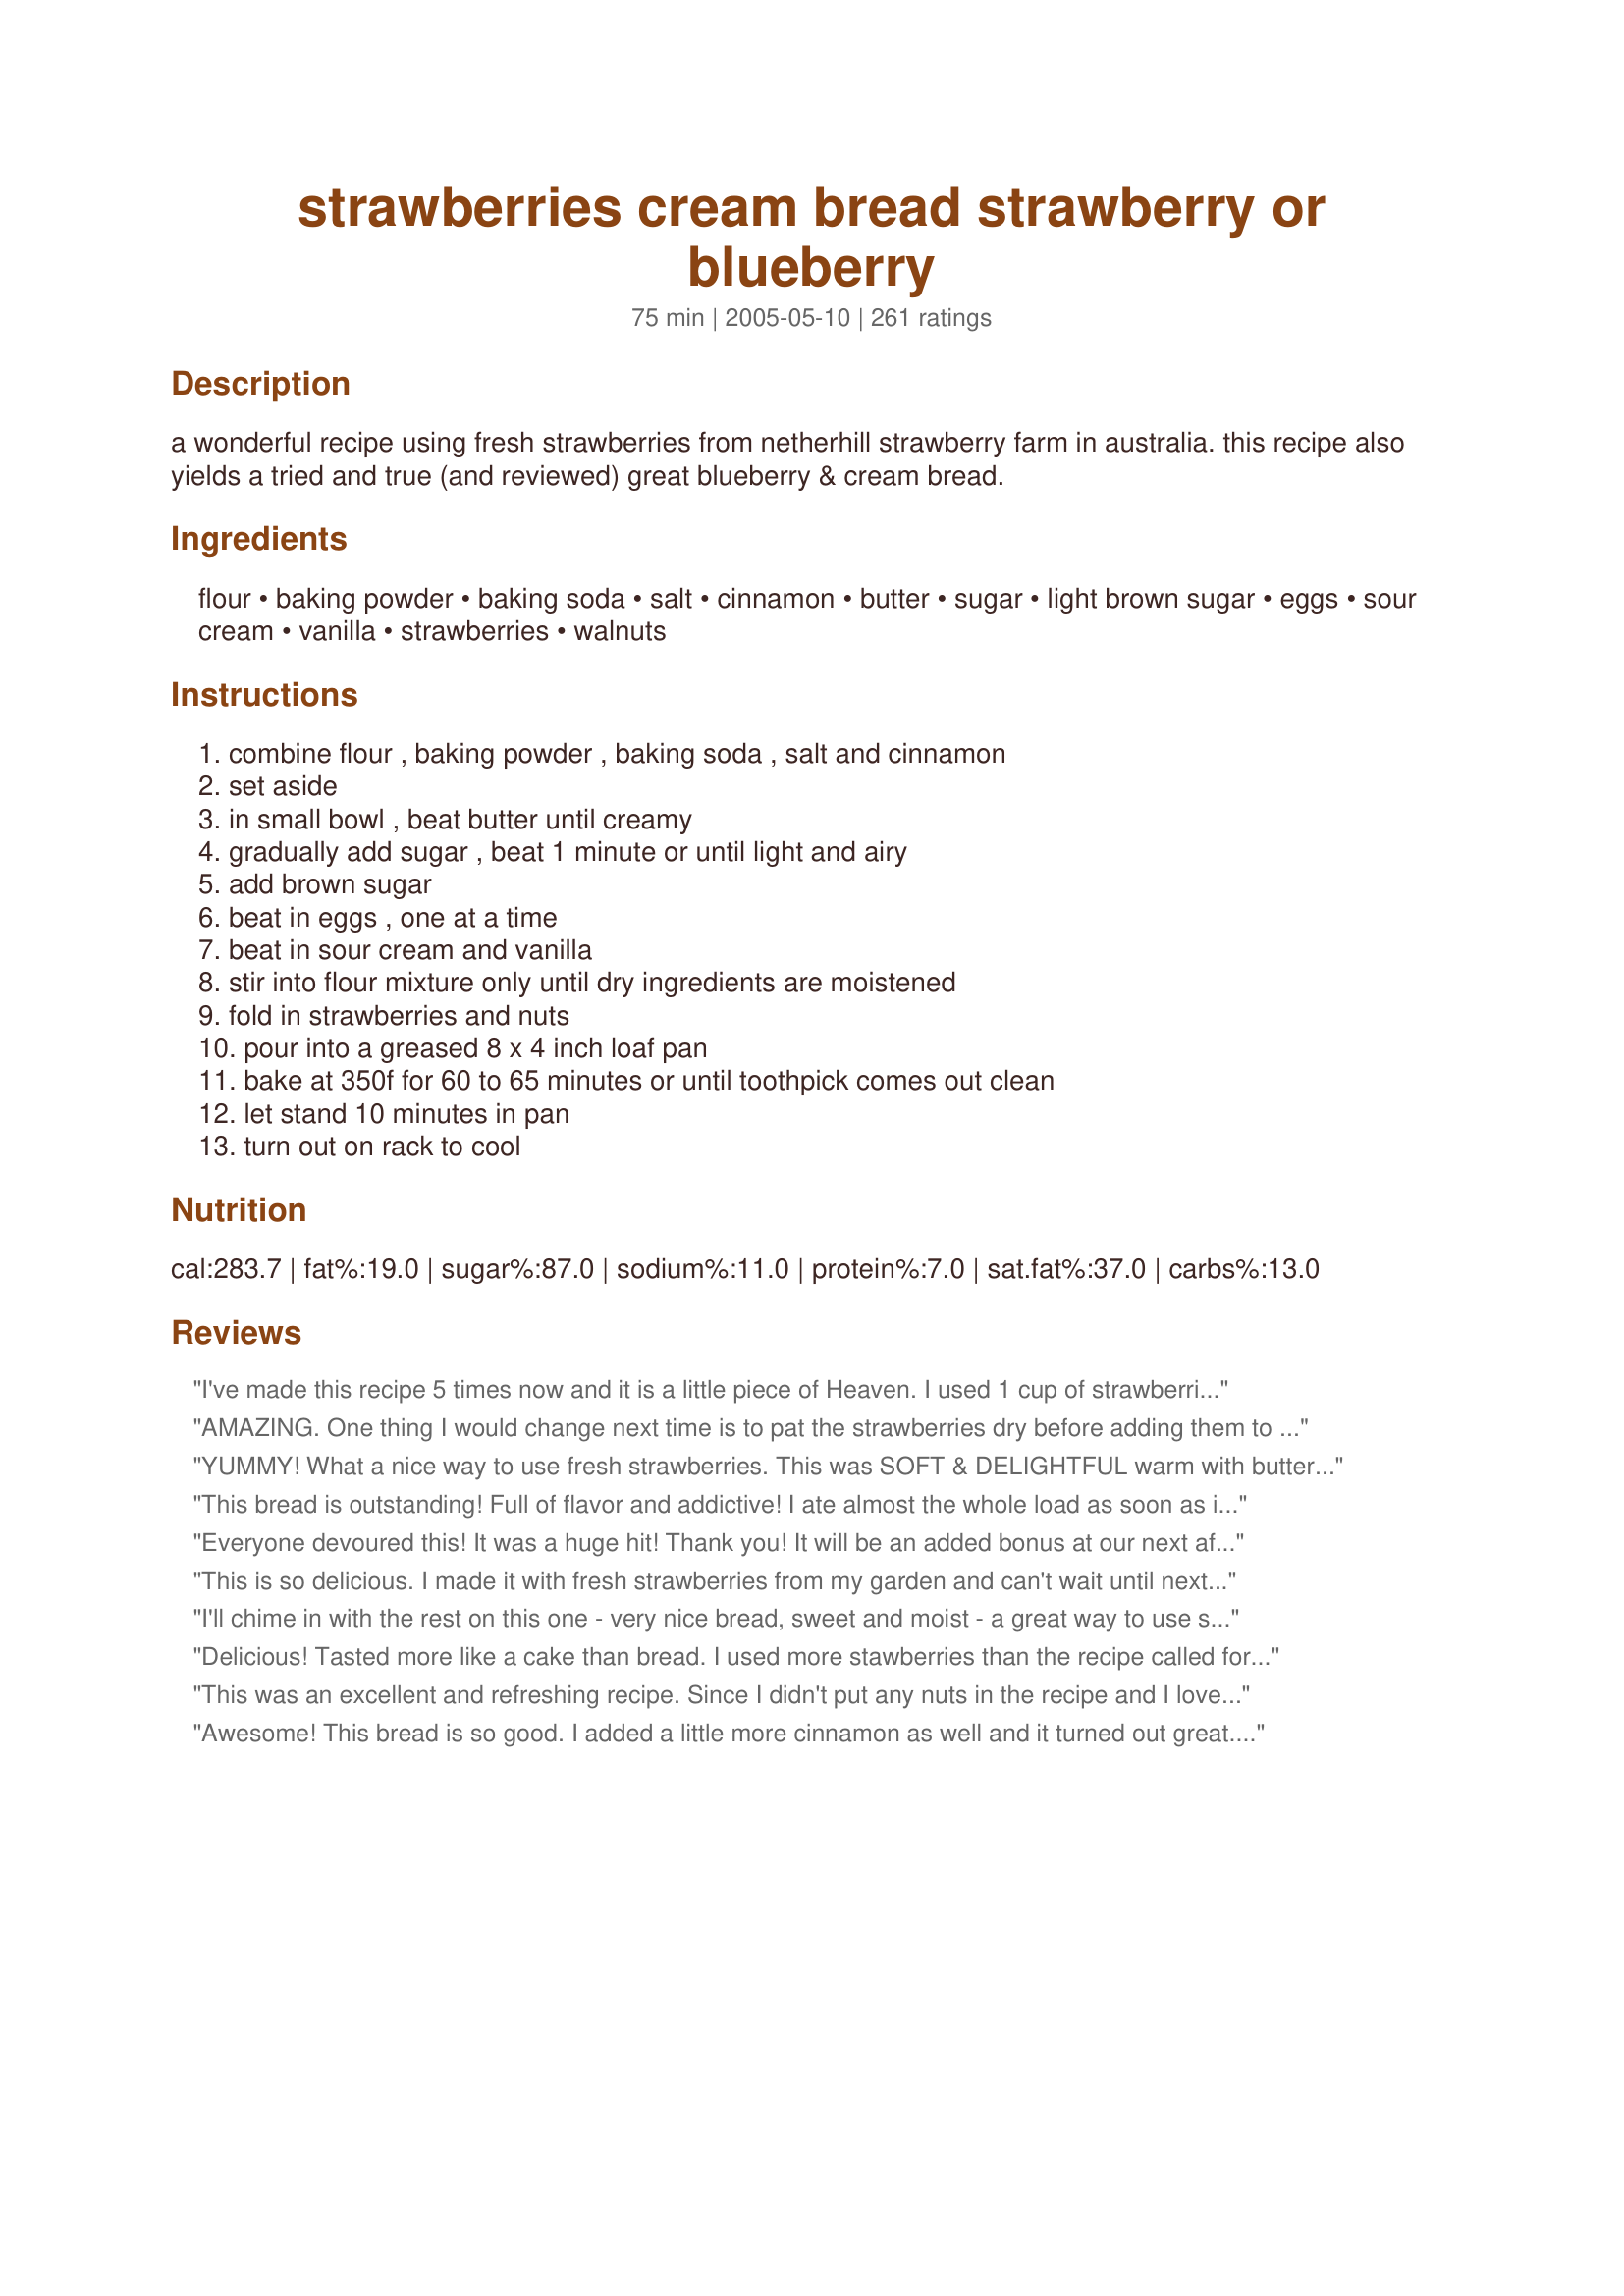
strawberries cream bread strawberry or blueberry
Preparation time: 75 minutes

a wonderful recipe using fresh strawberries from netherhill strawberry farm in australia. this recipe also yields a tried and true (and reviewed) great blueberry & cream bread.

Ingredients:
flour, baking powder, baking soda, salt, cinnamon, butter, sugar, light brown sugar, eggs, sour cream, vanilla, strawberries, walnuts

Steps:
combine flour , baking powder , baking soda , salt and cinnamon, set aside, in small bowl , beat butter until creamy, gradually add sugar , beat 1 minute or until light and airy, add brown sugar, beat in eggs , one at a time, beat in sour cream and vanilla, stir into flour mixture only until dry ingredients are moistened, fold in strawberries and nuts, pour into a greased 8 x 4 inch loaf pan, bake at 350f for 60 to 65 minutes or until toothpick comes out clean, let stand 10 minutes in pan, turn out on rack to cool

Reviews:
I've made this recipe 5 times now and it is a little piece of Heaven. I used 1 cup of strawberries and a 1/2 cup of blueberries. I also increased the cinnamon to 1 tsp. My family can't get enough.
AMAZING. One thing I would change next time is to pat the strawberries dry before adding them to the batter. When I cut open the finished loaf, it looked like there was raw dough, but in fact it was the juices from the strawberries that had leeched out into the surroundings. Update: made it again, this time I dried out the strawberries slightly before adding to batter and increased baking time by 3 minutes. Perfect caramelized golden-brown crust and less leeching from the strawberries. So good.
YUMMY! What a nice way to use fresh strawberries. This was SOFT & DELIGHTFUL warm with butter. I shared this with co-workers and it was gone in no time. I baked mine in a glass loaf pan for 70 minutes. I left out the walnuts.
This bread is outstanding! Full of flavor and addictive! I ate almost the whole load as soon as it cooled! I also tried it with blueberries and the same goes for that as well. Excellent! My compliments to the chef!
Everyone devoured this! It was a huge hit! Thank you! It will be an added bonus at our next afternoon tea with the http://www.recipezaar.com/Decadent-Strawberry-Butter-121467 The only change to the recipe was that I added 1 teaspoon of almond extract and left thenuts out. Can't wait to try the blueberry variation.
This is so delicious. I made it with fresh strawberries from my garden and can't wait until next year to make it again!!
I'll chime in with the rest on this one - very nice bread, sweet and moist - a great way to use some strawberries that might be a bit past their prime. Thanks for posting!
Delicious! Tasted more like a cake than bread. I used more stawberries than the recipe called for, which turned out well.
This was an excellent and refreshing recipe. Since I didn't put any nuts in the recipe and I love strawberries, I put in extra strawberries. It was also very easy to make, and I loved putting the brown sugar in it.
Awesome! This bread is so good. I added a little more cinnamon as well and it turned out great. My family loved it!
Wonderful bread!!! Baked for 55 min. Very moist. Will be making this again. Thanks Ncmystershopper
Upped berries to almost 3 cups...and added a bit more everything. Used egg substitute and it turned out great!

Thanks for sharing
Oh wow! So creamy it almost tasted like it had cream cheese in it (must have been the sour cream). I think it would make an outstanding muffin and will try that next time. We found it was even better after sitting overnight than it was straight out of the oven. This is going in the "do often" stack! Thank you so much for sharing it!
This loaf tastes as marvelous as it looks. I used the most amazing strawberries to make this bread -- I had bought them from a farmer off the side of the road. They were simply the most delicious things I had ever put in my mouth. It seemed almost a shame to bake them into something, but I had so many I knew they would go bad before I could eat them all. This bread is definitely worthy of the plumpest, sweetest, juciest berries you can find. I followed the recipe as posted except I used light sour cream and my eggs and sour cream were not room temp because I forgot to take them out. It still turned out perfect. Thank you for the recipe!
This recipe was included in Book#228608. May 16, 2008 -- This bread smelled so good baking and tasted even better. As soon as I took my photo I ate some slices and they were moist and tender. The bread has such a delicious taste, with the flavor of the sweet, fresh strawberries coming right through. I'm glad I made several loaves -- the others are in the freezer so the kids can't eat them all in one day. (Mom has to have her treat too -- my reward for trying this superb recipe.) Thanks, NcMysteryShopper
This bread is beyond decription. Excellet. Yummy. (kinda high in nutritional value... oh well i tell myself strawberries are good) I could eat the whole loaf in one setting! Thanks for the recipe!!!!
This bread is absolutely delicious; however, there is too much batter for an 8"x4" pan, a somewhat larger pan would do much better. Also, I used a non-stick baking pan, greased it, but still had to dig the finished product out (but we still ate it). I will make this again, but suggest that the pan be heavily greased and floured, or even a piece of parchment put in the bottom and greased and floured. Over all it is very easy to make and is a great way to use strawberries if you get tired of just eating them with cream.
Yummy! Perfect for the fresh strawberries we got today!! :)
I just made this for my kids for breakfast. It was great. I used egg whites instead of whole eggs since I discovered my two year old broke them all (I freeze the whites of eggs when I only need the yolks in ice cube trays...little tip for anyone who uses a lot of yolks). I'm also the first brave person to admit I used unsweetened frozen strawberries. I'm sure fresh would be better, but I thawed the frozen ones and let the juice drain off so it wouldn't make the bread mushy. Excellent either way, really does taste like strawberries and cream! Thanks NC!
It is strawberry season, I had some beauties in the house along with the rest of the ingredients so I tried this recipe.. It was AWESOME....My husband was cutting into it before it was even cooled... I will be making it often. Thank you for such a delicious bread...........
Great recipe! I made some modifications, and it still came out wonderfully. I substituted fresh peaches (almost 2 c.), low fat yogurt in place of butter, and for the sugar I used 1/4 white, 1/4 brown & 1/4 splenda. At the end I sprinkled a little bit of brown sugar on the top of the loaf before baking. Such a great loaf-I am not sure it will make it through the night the way my spouse is devouring it right now!
Oh wow. this was delish. I love the strawberries in this and can't wait to try with other berries. Thank you for this yummy variety of bread.....Stephanie
This was very good and was wonderful with Brunch. I also made the Strawberry butter ~ and the combination was divine :)
fantastic recipe~thank you! I chose to make a combo strawberry & blueberry muffin baking @ 350 for 17 mins. the fam LOVED 'em!
Delicious bread! I was entertaining my parents and wanted to make something different. I used strawberries and baked in a loaf pan. My dad asked how I got the recipe because he had a similar tasting bread at a bed and breakfast last month. He thought that I called the Inn and asked for their recipe! Needless to say it was a hit with the parents and very easy to make! Thanks for posting.
I just realized looking at this recipe my review isn't here...I could've sworn, anyways.....YUM!!!!! The Blueberry is almost pudding like. I can't even tell you how good this recipe is....loved it, and thank you for posting!!!!
i used this recipe twice, making cupcakes instead of the loaf. i made 18 cupcakes with the serving amount given on this recipe...i cooked the cupcakes for about 17 minutes total (though i checked them at the 15 minute mark with a toothpick) on 350. i didnt change any ingredients in this recipe (unusual for me but it is just so perfect the way it is!)...the only change i made was to actually place the strawberries in a food processor and chop them up into tiny pieces (just a personal preference..i dont like any fruit pieces larger than a tiny sliver in my desserts)...otherwise i left it as is..these are the best cupcakes i have ever had..perfect for a summer bbq or just to have on the dining room table for the nibblers of the house to grab....this is a recipe i will be using for years to come! thank you for posting!
From what country and state is the origins of this food?, please and thanks :D Seems yummy!!!
Absolutely hands down the best bread I have ever put in my mouth! The reviewers are so right. I have made this bread three times in the last two weeks! We cannot get enough of the amazing flavor. This is perfection. I am baking one today to give as a gift and decided that it was so good, I was going to leave my first ever Zaar review!!!
Nice moist bread. Thanks
This bread came out perfectly and tastes great. I made it with fresh blueberries and I would love to try it with strawberries. The bread has a nice texture and flavor. I will make it again.
This was very good bread. Easy to prepare. Though not as flavorful as I was hoping. But I still enjoyed it very much.
Wonderful! I doubled the recipe and didn't add the light brown sugar.
Absolutely delicious bread! I have made this recipe not only for my family but have sent it as bread and muffins with my husband to work for his techs. I used both of the splenda blends (sugar and brown sugar) and light sour cream. I have already added this to my recipe book as I will be making it again. Blueberry season is coming up!
Had to try this recipe with all the glowing reviews! Delicious and very easy to make! I added some chocolate chips but will not the next time I make this - it took away the great taste of the strawberries!
Loving this recipe! The whole family requests this for breakfast and I make it the night before for a stress free delicious morning! Thanks so much for sharing!!
Made this yesterday - didn't add the brown sugar though and I used fat free sour cream. It was fabulous - half of it went within about 10 minutes! I had to freeze the rest to stop that going too!
The only word for this bread is ADDICTIVE! It is so delicious I guarantee you cannot eat just one slice. My little one loved this as an after school snack. This is going to be a recipe I'll use often. I can't wait to try it with blueberies!
Love it! I'm going to make more loaves and freeze them for later. Thanks!
This is fantastic. I have to tell you, I am normally very disappointed when I put strawberries "in" something. I love strawberries so much that I just like to eat them plain...why mess with perfection! However, this is now the ONLY way I would consider cooking/baking using strawberries as an ingredient (except for jam) I made a few minor changes..I used subbed yogurt for the sour cream; I accidently used too much baking soda; and rather than making one loaf, I made 4 mini-loaves. I made the mini-loaves to freeze for later so we wouldn't be gluttons...Oh, well....2 are already gone before making it to the freezer. I think I will be making about 4 of 5 more batches of this today for the freezer.
ABSOLUTELY DELICOUS!
I would give this recipe ten stars if I could. I had soem berries to use and found this recipe and I am so very glad I did it is most definitely a keeper, thanks so much!!! YUMMY!!!! :)
Oh my! This is wonderful! I hate to see strawberry season end. I made this and darn near ate the whole loaf myself. I have to make another loaf for my mom, so she can experience this wonderful recipe. I like it plain or toasted with cream cheese. Thank you so much for this recipe! I want to try a few of your other recipes too.
This is one of those recipes that you just need more stars for. It was very easy to make. Looked great out of the tin, smelt amazing and then of course the taste was out of this world. I would not change a thing. Although it definately is more like a cake than bread. But I am not complaining. Yummy, thank you.
This is delicious. I doubled the recipe and made two huge loaves. The texture is perfect and the flavor is just right. I added the walnuts and brown sugar. I am going to make two more loaves tonight for the freezer. Thanks for a great recipe!
Delicious! Loved it. Followed the recipe to a T except, used vanilla yogurt instead of sour cream - it was all i had at the time. Didn't use nuts - didn't have any and desired a smoother bread. The strawberries stayed a bit mushy, but the flavor of the bread is wonderful! I am trying the blueberry version today. Thanks for a great recipe! In the file this goes for special occasions, gifts, and anytime I have spare fruit. I wonder if it would be good with a banana added in.. hmmm.
Scrumptious. I used fresh strawberries and the flavor definitely shined through. Very moist and rich. Great with my morning cup of coffee. Thanks for a super recipe.
Five stars for sure. Even the batter tasted great! I included the walnuts, because it seemed like a fairly large amount to omit (I was afraid the batter wouldn't rise properly without them). I made 2 loaves and the kitchen smelled great while they were baking. I added just a little more cinnamon than the recipe called for 'cause I really like cinnamon. I'll definitely be making this recipe again.
I added an extra 1/2 cup blueberries and 1 tsp cinnamon and it turned out yummy!
Wow, what a treat! I made this with my daughters this morning. We made muffins out of the batter. They were incredible. I used frozen strawberries and drained the juice and no eggs.
Oh, this is a little taste of heaven!
I love this, my family loves this and everyone I have shared with loves it. I usually double the recipe - everyone likes it so much we need more!
I've even made it in those small, aluminum pans to give out to others. 
Both strawberry abd blueberry are good but i usually add more blueberries as it doesnt seem as flavorful as the strawberries.
I made this for breakfast when my in-laws came to visit. They raved about how I was going to too much trouble. Delicious!
The ONLY reason I didn't give this a 5 star is just for the simple fact, I NEVER give 5 stars...unless my eyes roll back into my head. But this was really close. I wish they'd allow 4.5 stars.
I am going to have to try other berries.
I ran out of regular flour so had to use 1/4 c of wheat flour...which still turned out fine. Used fat free sour cream. Still good. I did sprinkle about a tablespoon of raw sugar (large crystals) on top right before I baked it. It was a good touch. Nice crunch on top. DH really liked it extra toasted.
Thanks for sharing.
I substitued the sour cream with Veganaise (a soy mayo) for my son's allergies and it was still great! Will make again and substitue with soy yogurt. Great recipe - tasted like strawberry cobbler!
Great recipe. I have a daughter with a mild dairy allergy, so I changed it slightly to accomodate her. Used a soy custard instead of the sour cream, added a little balsamic and left out the extra sugar. Was fantastic and didn't last very long.
Yummy
Loved it and so did the DH. I'm going to try the blueberry version today.
This was very, very good. Light and fluffy and perhaps this would have been a five star if not for my substitutions.

I subbed half oat flour for the flour and the other half was whole wheat.

I added more cinnamon as per my tastes

I used slightly more blueberries, all of which were frozen

I used half brown sugar and half demarra sugar

I omitted the nuts.

I used a hand mixer for everything except the final addition of blueberries.

Like I said, this was REALLY REALLY good but not a five star for me. Perhaps white flour would have done that.

Also, even though I sprayed my cake pan with butter flavored Pam, it still came out as a HUGE mess. Perhaps it was still way too hot to try and take out of the pan. I was bummed about that though.

Also, because of near freezing cold conditions where I was working all of the ingredients were cold except the butter.

All in all, I would have liked to have seen more flavor in this bread. The blueberries and the sugar were the stars of this dish. Perhaps it could use an addition of citrus?
yum yum yummy....so goooood...very easy and logical recipe, all makes good sense....Tomorow is my sons 2nd birthday and im gunna double the recipe and bake in a springform pan...make a nice round cake..Thanx!
I really liked it but hubby not so much. My two year old also really seemed to like it. Goes nicely with a cup of tea and stayed really nice and moist for a few days.
My dh was very skittish to try this recipe due to past experiences with blueberry pancakes his mom used to make. The kids devoured it and even dh braved a slice and enjoyed it! Very good bread and worth the effort to wait for this bread to bake up in the oven. Thank you for a nice easy addition to my collection.
This bread was great. Tastes almost like Bob Evans type of breads.
This was good bread! I have stuck most of it in the freezer; pulled out my first few slices today and it was great toasted for breakfast. I don't know that it tastes too much different than the other strawberry breads I've made, though. Thanks for posting!
Very good! I added 1 1/2 cups strawberrries. We ate slices warm out of the oven and I frozen indvidual slices to have as treats (which also kept me from eating more slices!). Next time I would like to try a cinnamon sugar mixtureon top like MPHT suggested. Thanks!
I made a double batch of this yummy bread and am so glad I did. My husband and I both love it and will devour it quickly!
Well, it's great as Peaches & Cream Bread too! I had peaches on hand so gave that a try instead of strawberries or blueberries. I just had my first piece still warm from the oven - SO GOOD! I'm going to tell my friends about this one!
Delicious! I added crumb topping on mine from recipe #98985. It added the sweetness that I liked to it.
I (also) opted for a round spring-form pan, and doubled the cinnamon---both worked well. I was surprised how moist it stayed. After a few days of sitting out it still tasted fresh.
Love it! I added chopped pecans to mine. It's going fast...

Thanks!
awesome bread..u experimented and threw a half block of cream cheese, cold, and a half cup more of strawberries..also threw in about a half cup of white choclate pieces and slivered almonds..fantastic
Absolutely delicious! Everybody in the house loved it...this is definitely a keeper. I think you're right, frozen strawberries just wouldn't work with this bread. Thanks!
Love to make this as muffins, a little soggy in the middle as bread. SOOOO moist!
Wow! This is really good bread. The loaf turned out very nice looking, but I wasn't sure if I was going to love the flavor. I'm amazed at how good it tastes and I bet it will be even better tomorrow (if it lasts that long). I used 1/2 splenda for the sugar, light sour cream and no nuts.
This was pretty tasty and my family ate it rather quickly. However, I don't know if I did something wrong (considering all the high reviews) but it wasn't as moist as I've liked it to have been. Might give it one more shot in the future.
Heavenly! This is a must for strawberry season! I doubled the recipe and ended up with 2 loaves and 3 extra muffins. This was amazing!
Mmmmm! Made this for Teacher Appreciation breakfast at school and there was just one little slice left over. My two kids had to split it which they were both very upset about. I didn't get to try a slice when it was baked but I did clean the bowl and if it tastes half as good baked as the batter did. . .YUMO! Definate keeper in this house!
This bread is amazing!!!! Followed the recipe exactly. Question though... has anyone tried freezing it? Would this freeze well? If so, I'm stocking up while the strawberries are in season!
This is so good! Have made both Strawberry and Blueberry and we love them both!!!! Thanks for the recipe, its to die for!!
A family favorite!
This recipe is a real winner!10 Stars!!!Had both the blueberry and the strawberry version of this bread. Just like the other reviewers, i could not stop eating it until every crumb was gone.
I made this with blueberries and it was moist and delicious. I used all applesauce in place of the butter to save calories and fat, but other than that made as directed. It was wonderful and I cannot wait to make it again. Thanks for sharing.
I LOVED this bread. I added the brown sugar for a little extra sweetness. Every bite was heaven. I was delighted with the tartness the strawberry added. This be be made as often as the strawberry season allows!
Great tasting bread [although my son called it cake, & ended up taking half the loaf home with him]! Very easy-to-make recipe, too. I served it topped with fresh sliced strawberries & a drizzling of homemade chocolate fudge! Thanks much for the posting!
Wow- best recipe yet - easy, had everything on hand except sour cream. Only thing I did was increase cinnamon a little because we love it. Great recipe!!! Can't wait to try w/blueberries. Thanks for sharing.
Excellent bread!
Phew, not that this recipe needed another review, but I just wanted to add my two cents worth! This bread is great!! I bought five pounds of blueberries and was looking for ways to make things with them, and found this recipe. I followed it almost exactly, except I used the mini loaf pans. I got three mini loaves, and they cooked for about 35-40 minutes. I am planning on making more tomorrow!!
Very good! My family enjoyed this bread warm out of the oven. This is definitely a keeper.
This was good, but a little too sweet for my taste. I used yogurt in place of the sour cream, since it was all I had. Maybe the sour cream would cut the sweetness a little more? I may try again with blueberries.
This is delicious!!! I used 15 oz of raspberry preserves, since my hubby doesn't like seeds. And I added white chocolate chips (the entire bag). I put wax paper in the loaf pan so prevent sticking, as stated by other reviewers. Thanks for this recipe! Its a keeper!
Yummy!! I made this with blueberries and pecans instead of walnuts. I also took another reviewers advice and upped the cinnamon to 1 tsp. It is so hard to stop eating! LOL I made a loaf bread and baked it for 60 min and the middle wasn't quite done so I just turned off the heat and left the bread in the oven for a bit. It came out perfect. Thanks for posting!
Oh wow! This is an awesome recipe. The end result is a mouth-watering treat for your tastebuds!
I sprinkled brown sugar on top too..yummy. Planning on making this into muffins next.
Thanks for sharing!
This is the most fantabulous bread I have eaten! Made it this weekend and my husband wouldn't stop talking about it. He told me to make another loaf while he was at work today....bossy thing. We loved it. The butter is fantastic too that goes along with this bread.
All I can say is YUM, YUM, YUM. . .
Like this recipe needs another 5 star rating ... it's wonderful! My strawberries had been in the refrigerator a week, so they weren't the freshest, still turned out great. Made batter exactly per recipe, but made into muffins (made 12). The batter was a little stiffer than I expected, but was spot on for moisture. Had several taste testers, and most commented the cinnamon should be bumped a little. Next time I'll use 3/4 tsp. Thanks for posting this great recipe.
This bread is delicious. I have been making this bread for 4 years now and everyone loves it. My family, friends and coworkers gobble it up every time I make it. I always get asked for the recipe. Even though the recipe saids not to use frozen fruit, I have with no problems. I've tried blueberries, cranberries, even thrown in half of a banana in the recipe and each one taste delicious. The only thing I don't use are the nut, my family does not like nuts in their food. Thanks again for an amazing recipe.
Sorry, but we did not care too much for this bread. Could have used more strawberries. Thanks for posting.
I've made this a few times. Strawberry, blueberry, and now blackberry with finely chopped walnuts. I'd like to say I'll never use another quick bread recipe again, but that would be a lie.(just too curious) but I can say with certainty when the chips are down and my rep is on the line this is the recipe I will use, believe that.
Very tasty! Instead of 1 stick of butter (or the 1/2 cup), I only used 1/4 of a stick and I also used low fat sour cream. It tastes exactly the same and its A LOT better for you! =]
Well liked by everyone in the office :) I used strawberries and added a cup of walnuts. Also, I sprinkled sugar on top to give it a nice crust. Took exactly 60 mins. Thank you for a good and different loaf. Updated - I made the strawberry bread with 3/4 cup mini chocolate chips instead of walnuts (co-worker is allergic to walnuts) and it was great.
This was delicious! I've made strawberry bread before that was greasy and heavy. I felt it was a complete waste to use fresh strawberries in baking, but I no longer feel that way after making this recipe. It was great! The bread had a cake like texture and was so so good! Very moist, light and tender and full of flavor. Thank you for posting! I'll be making this again and again.
Wow this was absolutely fantastic! I ,made it exactly as you said and it turned out perfectly.
I took the leftovers in to work and have been told that I have to take a loaf in at least once a week!LOL

Thanks for a fab recipe
This was a WONDERFUL bread! Everyone gobbled it up... and it looked perfect, too! All soft and moist on top... and sooooooooo perfect! I will make again and again and again! Did Strawberry this time... can't wait to try blueberry! THANKS!
What an incredible bread!! I omitted the brown sugar & walnuts & used a low carb vanilla yogurt (or strawberry; both work great!) I even managed to replace 1/2 cup of the flour w/ whole wheat! I used half sugar/half Splenda & an hour was my baking time. It looks great coming out of the oven & my husband just loves it. Thanks for a great way to use up fresh strawberries!!
I really wanted to try this recipe but I didn't have the right amount of flour, but I needed to use up some fresh strawberries that were given to me, so I substituted rice flour (which I had never done before) for about half of the regular flour. It still came out wonderful, moist and delicious! Very good recipe that I will be making often and I cant wait to try this with fresh blueberries as well as with just regular flour next time!
Perfect! I woke up early the other morning and couldn't get back to sleep, so off to Zaar I went. I've had this on my list of recipes to make for a long time and I am sorry I waited so long. I loved the texture of the bread, very smooth with just the right touch of sweetness from the sugar and a slight tartness from the strawberries. I didn't use the nuts, but did add the light brown sugar. I've made blueberry breads for a long time now and never thought to use strawberries. This is a winner! Thanks!!
Delicious! I used Greek style 0% fat yogurt in place of the sour cream, and it turned out wonderful. The strawberries I had were a little on the tart side, but the sweetness of the bread and tartness of the strawberries is wonderful!
This is so good! I followed the recipe exactly the first time, then lightened it up the next. I cut the butter (actually, I use Smart Balance) in half and used applesauce for the remainder. I used light sour cream half and half with non-fat plain yogurt ( you can let it sit in a fine strainer or on paper towels for a bit to thicken up), and then replaced the whole eggs with eggbeaters. Came out great, you would never know the fat was reduced!
I thought this bread was very dry and tasteless. Not my favorite. I wouldn't make it again. It looked pretty, though.
"I can't say enough about them," says 8 year old Joel.<br/>We used store-bought hothouse strawberries. I'm looking forward to our own Michigan strawberries soon, so we can pick them ripe and juicy, and I think that'll put this recipe over the top. We made muffins. Waited until the next day to eat as others suggested. Very, very good.
I made this with fresh strawberries from my garden for a girls movie night. The entire loaf was consumed before the movie was half over. Very good.... everyone loved it. I used all the wet mixture in the recipe and it was the perfect consistency. I think the key there might be beating the ingredients really well so that it is very light and fluffy.
Perfection!
Great recipe. I used strawberries that I picked that morning.
Made with fresh blueberries, skipped the nuts, and everybody really enjoyed this bread. Will definitely make again.
Holy WoW! This is some amazing stuff! Strawberries are in season right now and at their best so there is no better time to enjoy a wonderful treat like this! I did not use nuts or the sugar since the berries are so sweet and flavorful right now. Thanks for a delish recipe!
Wonderful, wonderful bread. Summertime, tasty deliciousness. The bread is moist and sweet and tangy. It's very addictive!
Great! I was looking for a recipe to use up some strawberries that were a little past their prime of eating alone, but perfect for a recipe. I did add the 3/4 cup of nuts and it was a little much. I am nut sure if the nuts needed to be chopped more fine or if it was too many nuts for my taste. My husband and 20 month-old loved it! I plan on trying soon with blueberries.
This was delicious! Thank you for a great new way to eat strawberries!
Liquify the fruit and it tastes even better
Delicious bread! Followed the recipe except for substituting the sour cream for non-fat greek yogurt (Chobani) because that's all I had! The walnuts added an extra crunch which everyone loved, truelly a fantastic recipe!
 Thanks mysteryshopper, for a great bread. The mixed reviews are confusing but I think it all depends on what you want out of a bread. Whether you want sweet and cake-like or more of a real bready texture and taste. This is somewhere inbetween. I think I would like it even more with a full cup of sugar rather than 3/4 and maybe a quarter cup more of strawberries. Also, I checked my bread after exactly 60 minutes and it was done with a beautiful colour for bread. I left it for 10-15 minutes before taking it out. When I did, I lost a quarter off the bottom which I had to scrape out of the pan (probably due to not greasing enough). Other than that, it turned out very well hah. My husband, who's normally the critical one, says it was perfect and a 'make again' recipe. He also ate more of this bread then he usually does of the breads I make. I do think this is tasty enough to make again so I’ll be keeping the recipe. Thanks again.

EDIT: I left it for 10-15 minutes before taking it out *OF THE PAN*
I enjoyed this bread very much! Next time, I think I need to add a bit more strawberries and perhaps another 1/4 teaspoon of cinnamon to give it a bit more sweetness.
I made this bread for a St. Patrick's Day brunch and people really liked it! It was all gone in a very short time. I was so glad I got to have a piece at all! Thanks for a very good recipe, I will make it again.
lovely. excellent as a breakfast bread, not too rich and just the right fruity sweetness (used 1/2 cup white sugar and 1/4 cup brown sugar). baked it in a 9 inch round cake tin and it was done in 45 mins. my friends and i enjoyed it as a dessert tonight, and experimented by putting some peanut butter on it. tasted great! the rest of the bread is gonna be breakfast tomorrow... thanks.
Yummy! Absolutely delicious. I used blueberries in mine. Easy and perfect instructions.
Absolutely delicious! I made a double recipe and I am SO glad I did. I like the crunchy exterior with the moist insides. It freezes well, too. I know I'll be making this one often!
This bread is a winner. I used walnuts, an extra 1/2cup strawberries, and sprinkled powdered sugar on top. YUM!
Very good bread. Very moist. Took this bread to class (I'm in college) and it didn't last long. If using blueberries, I usually dust them in flour to prevent them from bleeding into the batter. Great recipe.
This bread was wonderful! I made it with a little less sugar, 1/2 tsp cinnamon instead of 1/4, and omitted the nuts, and it was perfect! I made two loaves: one with strawberries and one with frozen blueberries. I made them for my book club, and most everyone liked the strawberry best, and I agree with them. This bread is amazing and very easy to make! I definitely recommend!
Fantastic texture and flavor. I used both sugars and omitted the nuts for DH's sake. I made this and another strawberry bread recipe, and this was the hands-down winner!
so good as muffins!
Just pulled my double batch out of the oven and it smells heavenly! I added a sprinkle of cinnamon sugar to the top before placing in the oven. I also mixed fresh picked strawberries and blueberries to the batter. It looks so pretty and tastes divine! My only complaint... after 35 minutes of baking, they were ready!!! I even checked the recipe to see if I had made a mistake on the baking time. I do have a convection oven but it certainly doesnt cut the baking time in half. Usually I can follow a recipe to a T for the baking time but be aware with this one, I'd hate for all that yummy ingredients and time put to a burnt waste!
We loved this bread! I made as written, using a 'baker's mix' of nuts (included pecans, peanuts, cashews) instead of the walnuts. This is wonderful toasted and spread with cream cheese. Thanks for sharing this recipe NC :)
I decided I would not rate this because I made so many changes to make this bread healthier. But it still was absolutely amazing! So I will describe the changes I made: I cut the butter down to 1/4 cup, I used reduced fat sour cream. I substituted splenda for the white sugar. (I still used the brown so that there was some sugar in the bread) I also added 2 TBS of wheat germ. I cooked the bread for about 57 minutes and it was so delicious! My husband who is diabetic was thrilled and ate half of the loaf. Thanks for posting such a great recipe!!
Lovely loaf of bread!! I made this into mini bread loafs and a few i tried making into muffins, and baked at 375 for about 30 minutes or so. Turned out great!!! Made for ZWT 3!
Just let me add my kudos! Think I need to make every week as long as the strawberries hold out and freeze for a taste of summer during the winter. Thnx for posting, NcMysteryShopper.
My husband ate one piece, right along with my daughter and myself. Then.. he went back and served himself another piece and said, "I wonder how it tastes with milk?" So funny. This bread is soooo easy to make, extra delicious, and not too sweet. (We used the walnuts and followed to a T!) I just love it! Thanks for a new recipe that I am not afraid to bake! (I am a baking rookie and big ol' chicken- we live in high altitude and I never know how any baked goods will turn out.) Your directions were perfect! I LOVE this bread!!!! Thanks, NcMysteryShopper- I always adore your recipes!
I really loved this recipe! The night that I made it I talked 4 of my friend in to making it too. Next time I make it I am going to post a picture and make some strawberry whipped cream to go with the bread (idea via the posted pic). This is a great morning bread to go with coffee or tea. Thank you so much for posting - instant staple in our house!
Delicious! I actually made muffins from the batter (baked at 350 for 20 minutes) and they were some of the best I've ever baked.
I have to add my 2 cents to the plethora of great reviews for this bread. I made it for the first time today and couldn't decide between strawberry or blueberry so I made a combo of both. WOW! What a great recipe! All loved it! The only thing I will do different next time is make muffins instead of the loaf. It took a full 90 minutes to bake at 350 in my Mom's electric oven and we were drooling the whole time! Thanks for posting another good one, NC!
This was a delicious bread. I made the strawberry version with walnuts, and it turned out very well. I did add about 7 minutes to the cooking time using a regular metal loaf pan. I think the taste was perfection on the second day- I could really taste the creaminess from the sour cream on day 2. Thanks again!
WOW...WOW...WOW!! What a treat!! This may not make it till the end of the day!! I was given some strawberries yesterday and wanted to use them...this was PERFECT!! I made this and some chocolate covered strawberries as a surprise/treat for my DH after work. I hope it makes it that long!! Thank you for sharing a great recipe!!
So glad I tried this recipe! It was so good and moist. My hubby and I loved it! I used Blueberry's and will make it again for sure. I used the light brown sugar and it was just right for us! I had it for breakfast today and could have eaten more, but I want to save some for my husband!
Thanks for the recipe!
Kep
Made this from season's last strawberries, very ripe from the Farmer's Market. I used half a cup of pecan nuts which worked very well. My guests absolutely loved it, and I'll be sure to use this recipe again - maybe try it with rasberries or blueberries.
First of all we rated this 10 Stars! One muffin is just not enough you will want more. For me I also made these in muffin tins big and small. I also baked mine for 30 minutes. Thank you for posting a great recipe for all of us to try. I can see this will be made again and again for my family.
I made this bread for DH to take for his breakfast and he loved it! He did mention that it was better the 2nd day. I followed the recipe exactly as written, using fresh strawberries that I sprinkled w/ a little sugar since they weren't that sweet. I used a 9" round pan at 350F and it was ready in 45 minutes. Will definitely make again and can't wait to try w/ blueberries. Thank you for sharing!
I used this recipe for a contest- and I won! Great recipe and great with the strawberry butter.
Great recipe, nice and moist. I had a lot of strawberries that I needed to use up. Also some fat free sour cream that I needed to use before it expired. I am so glad I found this recipe. Thanks, it was delicious.
Delicious! I made a few changes according to my tastes/diet. I used 1/3 c. coconut oil instead of butter and 1/3 c. agave instead of the sugar. I also made muffins instead of bread for convience sake. I freeze them so I can have one a day for breakfast. Just microwave for 1 min. and it's like having fresh baked muffins each morning! Next time I think I'll use whole wheat flour. Thanks for the delish recipe!
This was wonderful! I made it with blueberries as I had a bunch to use up before our move. I made 1 loaf to take for a ladies Bible study and another to give to a friend. Yummy! Thanks for the great recipe!! :)
The flavor of this bread is incredible and worthy of every 5 star review it has got.Has to be one of the best cakes i have ever put in my mouth!next time i get fresh strawberries it's teh first thing I will make.
Great Recipe! This great flavor just lingered in my mouth, I served warm with your Decadent Strawberry butter, thanks for a great recipe.
This was one of the treats I made for my DD's graduation breakfast and it was well received! I made as posted except that I had a terrible time keeping the slices from crumbling as I sliced it. I ended up with very small pieces but it was still gobbled up. The flavor was great! Thanks for posting!
This wonderful bread, with your decadent strawberry butter, is unbelievable! Omigosh, love this recipe!! Was out of walnuts so subbed in pecans -- worked out just fine. Thanks so much for sharing this recipe!
Entered this bread and the butter in the county fair where it won a blue ribbon and "best in class". Cant wait to make it again. One tip: dont store in the fridge, it loses some of its taste that way! Plan to try this with all different berries, maybe mixed, in the future.
Agree with the other good reviews. This is delicious bread. Made with strawberries and used pecans instead of walnuts. Banana bread was my favorite but now it is this bread.
I just made this. I let it cool in the pan a bit longer than the 10 minutes and went to turn it out onto the rack and when it did come out, pieces of it stuck to my greased non-stick pan! Aarrgghh!! HOWEVER, IT TASTES YUMMY!!! I don't know what I may have done wrong except I may have used too many strawberries as it seems too moist. I used maybe 1 3/4 cups. (I thought I would add a bit more) I'll let it cool completely and see if I can salvage it to cut it into slices. If not, it will have to be renamed to strawberries and cream crumble!
This was the BEST bread I have EVER eaten in my life!!! I made the strawberry version & only had light sour cream instead of regular- it still came out amazing!!! I also chose not to use nuts. I loved it so much I am currently making 2 more loaves for friends & family. I almost want to pick more strawberries for the sole reason of making more of this yummy bread! Perfect combination of everything & this is now my new "forever keeper" recipe! When I took it out of the oven, hubby cut into it & it almost looked slightly uncooked & mushy (probably from all strawberry juices) and I wanted to throw it back into the oven. DO NOT! I decided not to & so glad because when it cooled- it was PERFECT. Moist, easy to cut, etc! The best bread you will ever make- I promise! Thank you for this reicpe!
Yummy with decadent strawberry butter. Throws together in a few minutes. Just make sure the toothpick comes out clean even in the middle where it raises. I had to put it back in after I sliced it and it was undercooked. Thanks!
This Strawberry Bread is SO easy to make – such easy-to-follow instructions – and is every bit as delicious as it looks in Melody’s and Varsha’s excellent photographs. And it really was fun to make. I carefully perused all the reviews and followed several of the excellent suggestions made there. This is obviously SUCH a versatile recipe: great! I served it with ncmysteryshopper’s Decadent Strawberry Butter Recipe #121467. WOW! A taste sensation! Rather than add extra strawberries as several reviewers had suggested, I made this bread with 3/4 cup of strawberries and 3/4 cup of raspberries (I love the slightly more tart flavour of raspberries) and I added 1/2 cup of chopped almonds instead of the optional walnuts. Since I was adding almonds, I followed another reviewer’s suggestion and used almond essence instead of vanilla essence. I followed Varsha’s suggestion of making this in a spring form pan; it made getting the bread out of the pan such a breeze! Next time, I’m going to use Greek yoghurt in place of the sour cream. This bread has a scrumptious blend of flavours and a lovely light texture, and those berries, WOW; and the Decadent Strawberry Butter, WOW! I know that I’ll enjoy making slight variations probably every time I make it. One thing’s for sure, next time I make this, I’ll be - at least - doubling the recipe! And putting some in the freezer sounds like an excellent idea. I think I’ll make the ones for the freezer in muffin pans: easy then to take out a few at a time. And that way, they’d be great for picnics or for take to work lunches, and children’s lunchboxes. Everyone absolutely loved this bread; and I’m really looking forward to sharing it with others. Thank you so much for sharing it! Another Zaar World Tour super-find!
This is the second time I have made this bread. I have baked it in an 8.5x4.5 bread pan both times but in different ovens and it needs to bake for an hour and 25 minutes before it is done. This gives the top of the bread a hard crust making it difficult to slice. In the future, I will bake in an 8x9 pan instead. Other than that, it is very good plain, but even better lightly toasted with a little bit of butter.
Very nice treat!! Made a good snack for me.....because I could not wait for dinner's dessert. When baking this bread it made the kitchen smell delightful. I had to have a slice about 30 mins out of the oven. For dessert I served with strawberry cream. Did not have any walnuts, so that was the only change I made to this recipe. Another keeper!
I made this with 1 c. of brown sugar,chopped pecans, and a heaping cup of blueberries, and the bread is out of this world. I just can't wait to try it with strawberries.
Quite good! I think it would be better with a full cup of sugar, though. I baked mine in an 8x8 inch dish and 60 minutes was just right.
Another rave review for the strawberry bread. Thank you for posting this recipe!
This was so good, I really loved this bread. I am getting about 4-5 quarts of strawberries a day right now so I need some good strawberry recipes . Thank You.
Made this for 4th july bbq and added some blueberries for the red white and blue motif.....was wonderful, everyone enjoyed it.
Everyone loved this. I doubled the berries and left them rather large. I also sugared them about an hour before in the hopes the juice would add more berry flavor. I think it all worked out beatifully. BF ate half the loaf within a few hours on his own. Thanks for sharing.
This was so good! I made it with blueberries and i think i will try with strawberries next time.
Absolutely amazing! A wonderful way to use up all those fresh berries, and tastier in the short term than tons of jam!
I made this last week (in a loaf pan) and it is amazing. I fed some to my boyfriend and his mom, and his mom told me that she loved it about 27 times, even calling me from the car to give me praise. It was so easy, too! I skipped the walnuts and next time I might add some lemon rind. This is now one of our favorite strawberry desserts, next to strawberry shortcakes.
This was just fab with blueberries! I did everything else the same. I thought it would be browner on top so the next time I make it I will sprinkle some brown sugar mix before baking. I only got one small slice but the next time I will hide some JUST for myself!
SO GOOD!!!! Can't stress enough how much we loved this. I chopped more strawberries than called for and of course couldn't waste them, so I added more that the recipe called for. I also read other reviews where some said to add more sugar and since my fresh strawberries were not the sweetest, I added some extra sugar (also threw in a couple extra walnuts). When I first tasted it warm out of the oven, got rave reviews, but wasn't crazy about it-even was slightly disappointed because of all the rave reviews. But when I tried it the next day at room temperature it was one of the most delicious things I have tasted in a long time. I guess flavors had time to meld. All I can say is that it disappeared when I went to take a shower and not a CRUMB was to be found! Will keep this in my permanent file and already getting requests to make again. Can't wait to try the blueberry...THANK YOU!!!!
Oddly this is the first time I've made bread and it was wonderful. My neighbor gave me a quart of fresh picked local Maine blueberries. This recipe is perfect, as is, if you are trying to showcase the fruit. Easy to make and it tastes delicious. I followed the directions exactly. I actually had to bake it for an additional 10 minutes. Love it! Thank you so much for a great recipe. I'll definitely be using it again and again.
Delicious! My friend just dropped off the biggest and most beautiful strawberries I've ever seen and lots of them. I cooked my bread for 60 min. and it was very brown so I guess my oven is hotter. Next time I would cook for about 55 min. I followed the recipe and used walnuts. We'll be snacking all week, Thanks!
I really enjoyed this bread...it was pretty darn good!
This was very good. I thought it was like a muffin. I don't know if mine turned out correctly, but it still tasted wonderful. I used fresh strawberries that are we picked here in good old North Carolina. Thanks for a great recipe.
Lisa
Very moist bread - didn't add the brown sugar - bread is plenty sweet for our tastes without the additional sugar. Used almonds as another reviewer suggested, next time I'll use either walnuts or pecans - just can't get used to the almonds in bread:) Will also try with blueberries next time - thanks for posting NC
I love this bread! This was one of my first recipes from the zaar and one of my all time favorites! I have fixed it many times, but most recently made into muffins. My husband said,"These are the best muffins I have ever had! Thank you mystery shopper!
This is an okay recipe eaten warm or a couple hours later, but if you wait until the next day, you will be rewarded! I used half vanilla/half almond extract, increased the strawberries to 2c, and used finely chopped (almost ground) almonds. Since I made two batches, I made muffins and an 8x8 pan. I think the muffins are a bit tastier, but maybe it's because they were scooped first and got more strawberries, not sure. This is great plain, with butter, or with more strawberries on top for a decadent strawberry shortcake! I was also making a double batch of banana bread (muffins & an 8x8 pan), so combined what was left of both batters and baked a loaf of strawberry-banana bread!
Hi all,

This is Bindu Joseph from Dubai..

I tried out ystdy and it turned out perfectly well...worth the try..
I made this last night exactly as written without the optional walnuts. It only took 50 minutes in a loaf pan. It is delicious. Everyone loved it and the house smelled great while it was baking. Today I'm going to try it with blueberries. I love all the photos too. thanks for sharing.
Wonderful! I had farm fresh strawberries... it was delicious!
This was perfect for breakfast, deliciously moist and not too sweet. Thanks for this great recipe!
This turned out really lovely, thanks for posting. I made it for the first meeting of my book club and everybody loved it!
Realllly good! It's great for breakfast too with a little butter. Kids and hubby both liked it. I made it with strawberries this time because it's what I had on hand. My kids LOVE blueberry muffins, so I bet they'd love it with blueberries even more. I'll try that next time! Thanks for posting!
Very tasty. I changed the recipe by using whole wheat pastry flour and it was a bit crumbly, so I figured that I should not actuallry rate this as it probably does not reflect how the recipe turns out with just white flour. We liked this and it was surprisingly better when cooled off and not as crumbly then. Thanks for sharing this, it was a nice treat!
This was delicious. I made it with strawberries and used 2 cups, no walnuts. Strawberries were 'buy one get one free' at the grocery store this week, so that's why I put in extra. I'm sure it would have been great with the 1 1/4 cups too. I served it hot with margarine. (Very hot, since I was too impatient to let it cool for the full amount of time!)
This is the Strawberry Bread Recipe I have searching for. I am so glad I doubled the recipe.
Made this a few weeks ago and I am preparing to make it again. It is worthy of 5 stars! Yummy!
this bread is really light and moist - the flavor reminds me of strawberry shortcake. it's like dessert for breakfast!
This bread has it all - wonderful texture and moistness, and delicious taste with just the right amount of cinnamon. Made according to instrctions except I used reduced fat sour cream with great results.
I decided to make this recipe into muffins.I did use the 1/4 cup brown sugar and did up the sour cream to 2/3 cup and added more berries about 2 cups..Followed recipe otherwise. This made 8 giant muffins. These are right of this world..I ended up making two batches this morning..We love muffins and this will be one of our favorites. Thank U so much for sharing this recipe. It is a keeper for sure..
Great Bread! I made a loaf version with strawberries and doubled the cinnamon as suggested by some reviewers. I also opted for adding the brown sugar and it was Delicious! My husband said it was the best ever and I had to make another loaf before the night was over so he could have some for breakfast. Thanks for the recipe!
Yum! These tasted great especially with the strawberry butter. They fell apart when i was cutting. Probably should have let them cook and/or cool longer. I used pecans instead of walnuts. Next time i will make muffins.
This was very easy. Great for someone craving strawberries. I had a huge slice hot out of the oven smothered in butter with some frozen yogurt on the side. Very nice and definately a keeper.
Fantastic! What more can I say that hasn't already been said about this wonderful recipe? Like so many others I also made your Decadent Strawberry Butter and that just put it over the top.Needless to say this goes directly into my favorites file. Thank you for posting both recipes!
Made for ZWT III. I made this last night for a cookout that I am going to today. I had to sneak in a slice to have with my tea this morning. I followed the recipe exactly, except that I did not use the walnuts. I doubled the recipe and made one 9 x 5 loaf and four small loaves. I was a little worried at first because the batter was thicker than I thought it would be, but it turned out great and smelled wonderful while it was cooking. I know everyone at the cookout is going to love this bread.
Tremendous!!! This is the best bread ever. We have such a short season of strawberries here in Ontario but I will be making this often and freezing as much as I can. Followed exactly and didn't use nuts. Thanks so much!
Really good! I made it in a loaf pan and followed the recipe to a T (opting for the blueberry version with nuts). My teenage daughter LOVED it and said it was the best ever, my younger daughter thought it was OK and the adults liked it. I really liked that it was not too sweet!! Sometimes dessert breads can be way too sweet and this one was perfect. I will make it again. Thanks for sharing!
We are obviously in the minority - but our family of 5 didn't particulary care for this. I mean it was ok...but nothing spectacular. The kids simply licked the butter off of their slices and left the bread uneaten. Hubby left for work and chose to grab a granola bar instead of a slice of this for his ride to work. It tasted like a basic muffin with little bits of mushy starwberries in it....sorry.
I omitted the nuts and sprinkled a cinnamon/sugar mixture on top before baking. YUM!
Wonderful!!! It was very dense, but soft and moist, which is exactly what I was looking for. Very pleasant, smooth flavor. I used half whole wheat flour, frozen blueberries, and no nuts (hubby hates nuts in bread/muffins etc). I used both the brown sugar and the white sugar called for, but for the white sugar I used a half sugar/half splenda blend. I sprinkled some of that blend w/ some cinnamon on top. Hubby absolutely loves this! (Me too, but I made it for him!) I made it in a loaf pan, and it took maybe 20 min longer than the recipe says, but totally worth it! Might try it as muffins next time, or even in a cake pan and drizzle a little glaze over it after. Wonderful recipe! Thank you so much!
This bread was very moist. My husband liked it a lot. My first bite made me think of the Berry Special K. I only sprinkled a little bit of brown sugar. I only had dark. Not sweet at all. Better the next day coming out of the fridge.
My sister made this for us so although I didn't make it, I can vouch that the taste is very good.
I made this recipe following the directions exactly. It is a very soft, moist, cakey bread. The flavor was ok, but I really thought the strawberries were muted. Overall, just not for me.
Delicious bread. I followed the recipe exactly sans the nuts. Perfect flavor and not too sweet. Keeper.
After reading all the great reviews I decided to go ahead and double the recipe.I'm so glad I did because this is really delicious bread.I've tried other strawberry bread recipes but this one is definately my favorite so far.I used a full 16 oz package of fresh strawberries and I used Greek yogurt instead of sour cream. I upped the cinnamon to a full teaspoon and instead of butter I used 1/2 cup of applesauce and 1/2 cup of oil. I'm not wild about nuts in my bread so I decided to leave them out. Since I doubled the recipe I used 1 1/2 cups of sugar and 1/2 cup of brown sugar.I still felt it wasn't quite sweet enough but that's probably because my strawberries were not very sweet.I think it would be good with a brown sugar topping and next time I'll add even more strawberries.I can't wait to make this bread again!
Out of this world! I read all the rave reviews, but really didn't expect to love this as much as I did. Both my hubby and my picky two year old were also fans. Jackpot!
So sorry, I can't believe I forgot to review this. I made this for Mothers Day get together, it was a huge hit ! Great flavor and what a presentation! I was impressed as were the guests, thank you so much for posting !
This is awesome bread. I made two back to back . The smell in the house is unbelievable. Please let it sit in the pan as stated in the recipe. The first one I made I was in a hurry and it fell to pieces when I tried to take it out while it was still cooling. I let the second one sit until cooled and it came out in tact and beautiful. Please take the time to make Recipe #121467 --the strawberry butter. It's fast and easy butter and it puts the bread WAY over the top. Great recipe--
Hi, this has to be one of the best quick bread recipes ever. I had the neighborhood girls over for coffee the other morning and this bread was devoured. Thanks for the recipe!
I used 1 1/2 cups of strawberries and did add the brown sugar. It was a cross between bread and cake. Very good.
My family and I just "sort-of" liked this. It seems like a good idea but I just needed something more. Mostly, more strawberry. I really liked the bites where I got strawberry chunks but there was a lot without it. So, I am considering added blended strawberries to the batter as well as chunks...or something else. I was just hoping for more of an all around strawberry bread...not just strawberry chunks in bread. I'll keep working on it!
I am probably at fault for the three-star rating as I made the bread without butter, substituting lowfat berry yogurt instead. The bread came out very moist and it is tasty with the fresh strawberries and nuts, but I think it would've been much, much better with all the butter in the original recipe. Made for ZWT 3.
I used double the strawberries to use them up and it took a little longer to cook (maybe 10 min) but was worth it. I'm thinkin' I'll try it with fresh rubarb when it's in season. thanks!
Just made this with some of the blueberries I picked at a blueberry farm. It was great! Definitely will make again.
What can you add after all these great reviews! The folks at work said "that recipe is a keeper!"
Made it following recipe to a T. just added some cinnamon sugar crystals to the top before baking, which added a nice crusty crunch to the top. Thanks for posting!
This has to be the best bread I have ever eaten! It just melts in your mouth with such a lovely flavor. This is so incredible!!! I took Melody's advice and served it with your Strawberry Butter. YUM!
Delicious bread! I used macadamia nuts instead of walnuts and 1 1/3 cups chopped fresh strawberries. It didn't have enough strawberry flavor and I put 1/2 tsp. strawberry extract in the bread too. It was moist and smelled great while baking. I will tweak it to see if I can get more strawberry flavor.
I made this yesterday... yum!
I did everything wrong - nothing was at room temperature, the butter was hard and the strawberries were frozen, but it still turned out wonderfully! I just mixed the berries with 1/2 cup of the flour and nuts and carefully dolloped this mixture into the batter. Also subbed in 3/4 cup of whole wheat flour and used pecans instead of walnuts. Came out sooo moist and flavourful!
Fantastic!! I used 1/2 strawberrys and 1/2rhubarb. Added 1/4c. extra sugar. Will be making over and over. THANKS!
I made this with frozen blueberries and used all the sugar recommended, baked in an 8x8in pan. Will make again.
DH and I really enjoyed this! Baking times are accurate. Thank you NCMystery!
Mmmmmm...very nice! I had to make a few changes as I didnt have all the ingredients on hand. I used Low fat butter and low fat cream cheese. I used about 1 1/2 cup strawberries and only 1 egg. No nuts.I tossed the berries in cornflour to prevent sinking (just in case!) I also only added the 3/4 cup sugar and I'm so glad I didnt add more! It was plenty sweet for us. My strawberries were not very sweet either but the sugar quantity in the cake was more than enough...its just right with some low fat whipped cream on the side. I will make this with less sugar next time though so we can have it with strawberry butter. I baked it in a round spring form pan and it only needed 45 mins..probably because of the low fat ingredients so if anyone decides to try a low fat version, keep in mind that it'll take less time to bake. We all love this bread/cake and will certainly be making it again and again! Thank you for posting this one. Highly recommended.
UPDATE: I made this today without any eggs at all (for a friend who doesn't eat eggs) and it came out tasting super! I was thrilled! I added 2 tablespoons of oil, 1.5 tablespoons of baking powder ( plus whats already called for in the recipe)and 1 tablespoon vinegar. I also used extra light cream cheese (as I always do) so needed about 1/8 to 1/4 cup milk to get the mixture to the right consistancy.
My husband loved it. It was delicious! My son and I are not big fan of strawberries so we were not as excited as my husband but I have to admit it tasted good and was easy to make. The only change I made was to use strawberry yogurt in place of sour cream. It brings out the flavor better.
I have made this lovely recipe as a cake as muffins and as a loaf each time it came out great! I doubled the cut strawberries the last time as it was wonderful :)
It was pretty good. Would definitely make a great breakfast bread. Whatever you do, don't skimp on the butter and sour cream...I did and it didn't turn out as moist as I would have hoped, but overall, it did make a yummy snack. I'd make it again.
This was very good. I didn't use the extra 1/4 cup of brown sugar because I don't like things that are overly sweet. Thanks for the recipe. Will be making again.
Fabulous recipe. I used raspberries from my garden....will make again!
This was great. Followed the recipe exactly and it came out perfect. Used fresh strawberries. Family enjoyed it. Will make often.
This smelled so good when it was baking and tasted even better. It is just perfect! I can't wait until blueberry season so I can try it that way. We will be making this all the time!
10 stars!!! I made this in a bunt tin sprinkled with cinnamon sugar (about 2 tablespoons). I had no walnuts, so added white chocolate chips - what a winner! I took this to a friends house, who had bought raspberry and white chocolate muffins, this was eaten first and the muffins left on the plate (and they were from a gourmet bakery). I got many compliments, this is going to be made again and again when strawberries are in season. Thanks for posting.
Yum, this is a wonderful bread!! I used fresh strawberries and cant wait to try with blueberries!! Thanks for a wonderful recipe!!
I made this today for Thanksgiving with some substitutions: fresh cranberries and yogurt (because that's what I had). I also opted to add the brown sugar to balance out the tartness from the cranberries and replaced 1/4 of sugar with Splenda. The result was nicely dense and moist, between bread and muffin in texture. I also baked these in 3 mini-loaf pans for 45 minutes on 350 convection, thinking that I would freeze one or two because the family is not much on sweets but was surprised. Then again this is not as rich as a cake with frosting plus it has fruit and yogurt. I think I"ll be making this often and I can't wait until strawberries come in season. I hope this will come out well with frozen cranberries because I still have half a pound that I had leftover from everything. Thanks for a wonderful recipe!
Yum! What a delicious bread!
This is so good. I ate about 3/4 of this in 3 days. I usually have pretty decent willpower. Next time I will probably have to half the recipe in order to try to control myself. Thanks!
5 stars aren't enough for this recipe! I turned it into a dozen muffins (baked about 22 mins. at 350) and they are scrumptious. I reduced the sugar to about half a cup because I don't like overly sweet muffins. Next time I'll try to get the recipe more fat friendly with nonfat sour cream and maybe nonfat cream cheese instead of butter. Definitely a keeper.
i did the blueberry version of this recipe. it was great! definitely more of a pound cake than a "bread" so i would consider this as more of a dessert than a breakfast treat. definitely a keeper!
These were great! Thanks for sharing! It fell apart A LOT though, and it kind of crumbled a bit...all the same it was delicious! Thanks again!
I am so glad I made this because it is so wonderful. It is not too sweet yet full of taste. My kids and DH loved it. You must try it when it comes out of the oven and is still warm. It didn't need a single change to the recipe. I am going to make this all the time. It's a keeper for sure. Thanks for sharing NcMysteryShopper.
I just made this bread. I can't tell you how amazingly good it is. Instead of sour cream (since I do not care for it), I used a lowfat vanilla yogurt. The bread is moist, flavorful, and sweet. I look forward to enjoying this in the morning and again and again afterwards! Thank you for the great recipe.
yummy! This recipe turned out to be a lot simpler than I had anticipated due to my lack of luck with baking and my electric mixer had just broken so everything had to be done by hand. I made mines into 16 cute muffins as valentine treats. the only thing I would change is maybe add more sour cream for more taste.
Very good. I didn't care for it warm, because baked strawberries have an odd texture to me, but after I chilled it in the fridge I liked it a lot more. Next time I might chop the strawberries more finely. I did add the extra brown sugar and I found the sweetness just right.
Super Yummy! I made 3 of these today -- one with strawberries, one with blueberries and one with peaches and all of them were fantastic. I did use 9x5 pans instead of 8x4 and they were more than well filled. I used vanilla for the strawberries, but I used almond extract for the blueberries and peaches -- just personal preference.
I made this as a snack bread for my fiance who loves sweet things. He really enjoyed it and ate the whole loaf in two days. I will be making this again while berries are in season.
I actually made this in my ancient toaster oven! Am without an oven for a while, so I put the batter into 3 mini-loaf pans and popped them in! I turned down the temp after 30 min (afraid the tops might burn as the toaster oven is tiny) and then baked at 250 for about 45 min. They turned out great!! I omitted the walnuts, used the full amount of sugar and also sprinkled sugar on the tops for a sweet crunchy crust. Will be making this as little gifts for friends to let them know they are loved! Yummy! We had some as a bedtime snack and more for breakfast today! Thanks so much!! : )
Rave reviews from everyone. Strawberry is definately more popular than the blueberry. Very yummy indeed.
WOW!! I'm so out of words for this recipe!! This bread was more of a cake, but it was SO freakin goood that whether it be cake or bread I'll inhale it!! The only change I made to this recipe was use yogurt in place of sour cream. This is THE best strawberry bread/cake that I have ever eaten anywhere!! I served it with strawberry butter and it was TDF! Thanks NcMysteryShopper for the most amazing strawberry bread!
This bread was fantastic!! Moist and flavorful. I used the brown sugar but did not find it to be too sweet, just perfect!! I brought a loaf to our morning playgroup and there was nothing left! I did have to bake about 15 minutes longer than suggested to prevent the center from being soggy but other than that I followed the recipe to a tee. Thanks so much for posting:)
OH my...these are fabulous. I just picked strawberries for jam making and wanted another recipe to use em up. Now I can't wait to use this with fresh picked blueberries. I took the advice of a previous reviewer and cut the butter amount in 1/2 and used 1/2 cup applesauce in replacement of. TYSM!~
This was a nice spring treat. Made as a Mother's Day gift for my mom. We prefer it without the nuts - didn't like the crunch. Thanks for posting.
I made two of these tonight using fresh blueberries, I increased the baking powder by 1/2 teaspoon, as I used quite a lot of berries (1 very heaping cup), and subbed almond extract for vanilla. The bread came out just beautifully! I can see why this recipe has so many great reviews, what a great recipe Cheryl! thanks for sharing, I be making this again....Kitten:)
Wow followed the recipe, all but for using 3 cups of fresh berries, and this tasted fantastic! It truly tastes like berries and cream, stawberry shortcake in a bread! What a lovely treat, thanks for sharing.
This is delicious! Moist, cake-like, just sweet enough, lots of strawberry bits. Soooo good! Perfect for breakfast, or even dessert, with a dollop of whipped cream, or a scoop of vanilla ice cream. Yum!
This was excellent! second time I've made it, so I figured I had better write about this one! I made this as muffins. and it made about 18. I used slivered almonds instead...And everyone was asking for more! this one is a keeper!!!
This bread is really good. I made strawberry butter to go with. I took it to work, it was gone in a instant. Then everyone raved about it. My oldest son who is so picky also loved it.
I made this for breakfast this morning. Very nice! I look forward to having another taste this afternoon and possibly tonight(tee,hh). Thanks for sharing!
Great recipe! I made muffins. I only had ff sour cream, it worked fine. I also used almonds and almond extract instead. I plan to make some more tomorrow!
Really nice! It wasn't too sweet at all. The walnuts gave it a great texture so don't forget to add them in! thx
Bread was very moist and good. Not quite as sweet as I expected. I think a drizzle of icing or something to amp up the sugar would make it better for me. Thanks for sharing!
